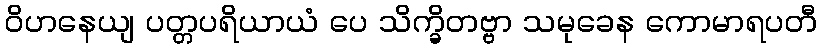
ဝိဟနေယျ ပတ္တပရိယာယံ ပေ သိက္ခိတဗ္ဗာ သမုခေန ကောမာရပတီ